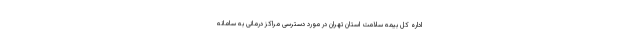
اداره کل بیمه سلامت استان تهران در مورد دسترسی مراکز درمانی به سامانه